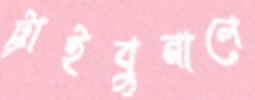
ট্রাইবুনালে